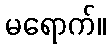
မရောက်။